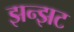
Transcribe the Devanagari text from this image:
झन्झट